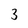
Character: 3